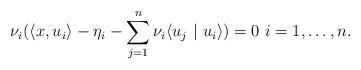
LaTeX: \begin{align*}\nu_i(\langle x, u_i \rangle - \eta_i -\sum_{j=1}^n \nu_i \langle u_j \ |\ u_i \rangle) = 0 \ i=1,\dots,n.\end{align*}